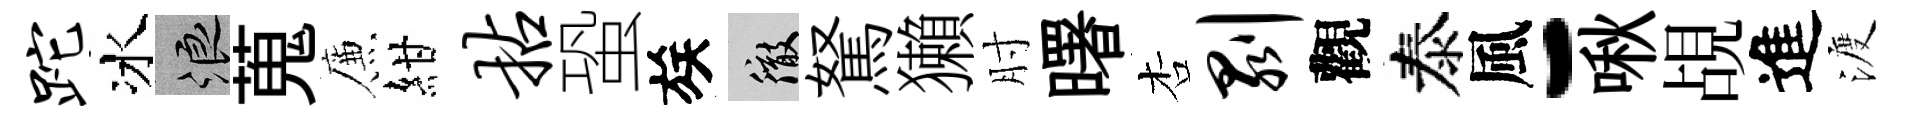
跎冰浪蒐簾紺拈蛩族徹駑獺肘曙杏剥觀泰風-啾覘進渡